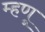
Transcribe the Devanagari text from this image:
म्‍हणू